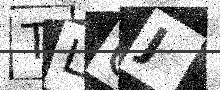
Text: TLQJ